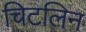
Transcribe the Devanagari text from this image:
चिटलिन